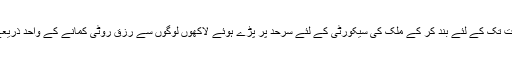
پاک افغان سرحد کو غیر معینہ مدت تک کے لئے بند کر کے ملک کی سیکورٹی کے لئے سرحد پر پڑے ہوئے لاکھوں لوگوں سے رزق روٹی کمانے کے واحد ذریعے پر پابندی بھی بسر و چشم قبول۔